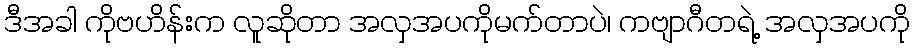
ဒီအခါ ကိုဗဟိန်းက လူဆိုတာ အလှအပကိုမက်တာပဲ၊ ကဗျာဂီတရဲ့ အလှအပကို